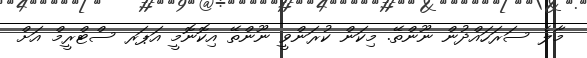
މާލެ ސަރަހައްދުން ނޫންތޭ. މިކަން ކުރަންވީ ނޫންތޭ އިކޮނޮމީ އަޕަރ ސްޓްރީމް އަށް